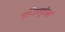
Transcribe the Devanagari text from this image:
एग्जिक्यूटेबल